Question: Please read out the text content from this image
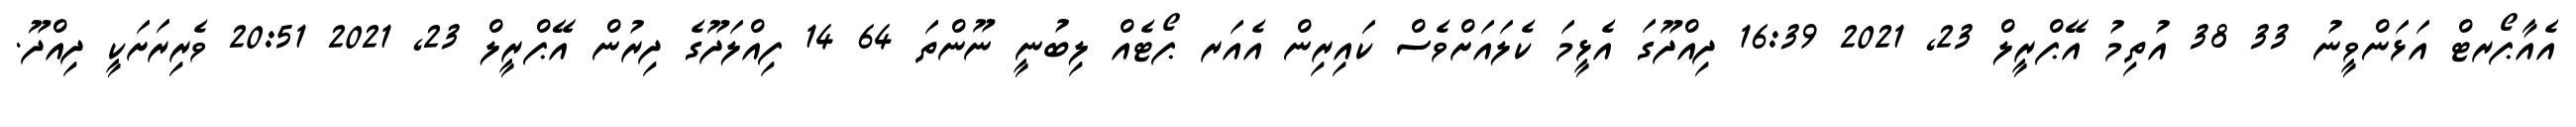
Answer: އެއާޕޯރޓް އަޅަންވީނު 33 38 އުތިމު އޭޕްރީލް 23, 2021 16:39 ދިއްދޫގަ އެޅީމަ ކެލައަށްވެސް ކައިރިން އެއަރ ޕޯޓެއް ލިބުނީ ނޫންތަ 64 14 ފިއްލަދޫގެ ދިރުން އޭޕްރީލް 23, 2021 20:51 ވެރިރަށަކީ ދިއްދޫ.